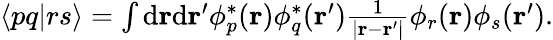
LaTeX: \begin{array}{r}{\langle pq|rs\rangle=\int\mathrm{d}\mathbf r\mathrm{d}\mathbf r^{\prime}\phi_{p}^{*}(\mathbf r)\phi_{q}^{*}(\mathbf r^{\prime})\frac{1}{|\mathbf r-\mathbf r^{\prime}|}\phi_{r}(\mathbf r)\phi_{s}(\mathbf r^{\prime}).}\end{array}